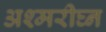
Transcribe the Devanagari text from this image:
अश्मरीघ्न